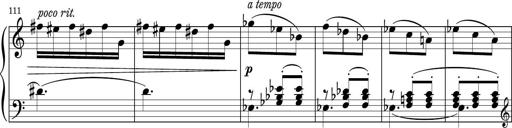
Title: Sonatina PandemÃ³nium
Composer: VÃ­ctor Carbajo
Key: C major